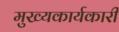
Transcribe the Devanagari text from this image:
मुख्यकार्यकारी